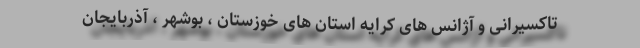
تاکسیرانی و آژانس های کرایه استان های خوزستان ، بوشهر ، آذربایجان